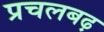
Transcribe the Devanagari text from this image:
प्रचलबढ़